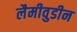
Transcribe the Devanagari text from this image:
लैमीवुडीन